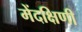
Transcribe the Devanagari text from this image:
मेंदक्षिणी